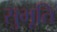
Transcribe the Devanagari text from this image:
सुभूति